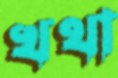
খথা